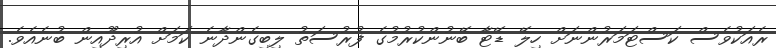
ރެއަކުވެސް ކަސްޓަމަރުންނަށް ހިލޭ ޑޭޓާ ބޭނުންކުރުމުގެ ފުރުސަތު ލިބިގެންދާނެ ކަމަށް އުރިދޫއިން ބުނެއެވެ.